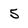
Character: 5